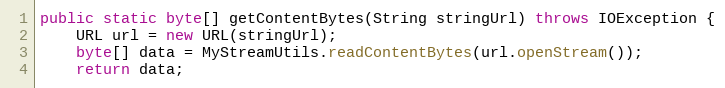
Language: Java
public static byte[] getContentBytes(String stringUrl) throws IOException {
    URL url = new URL(stringUrl);
    byte[] data = MyStreamUtils.readContentBytes(url.openStream());
    return data;